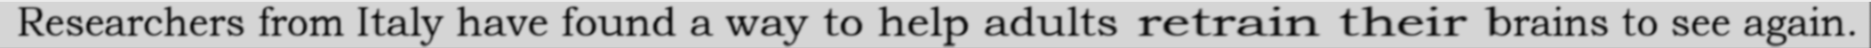
Researchers from Italy have found a way to help adults retrain their brains to see again.